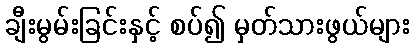
ချီးမွမ်းခြင်းနှင့် စပ်၍ မှတ်သားဖွယ်များ